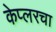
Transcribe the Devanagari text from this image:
केप्लरचा